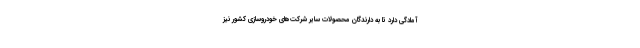
آمادگی دارد تا به دارندگان محصولات سایر شرکت‌های خودروسازی کشور نیز